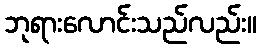
ဘုရားလောင်းသည်လည်း။